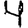
Digit: 4